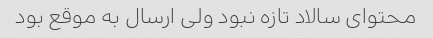
محتوای سالاد تازه نبود ولی ارسال به موقع بود